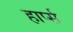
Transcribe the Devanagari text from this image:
हार्प्स